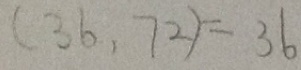
( 3 6 , 7 2 ) = 3 6